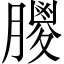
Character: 𦡙